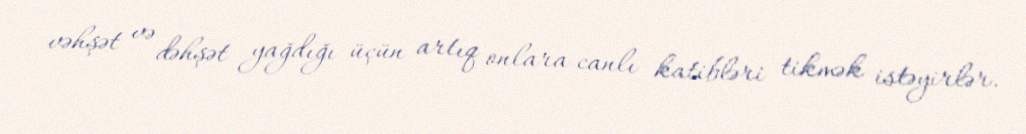
vəhşət və dəhşət yağdığı üçün artıq onlara canlı katibləri tikmək istəyirlər.